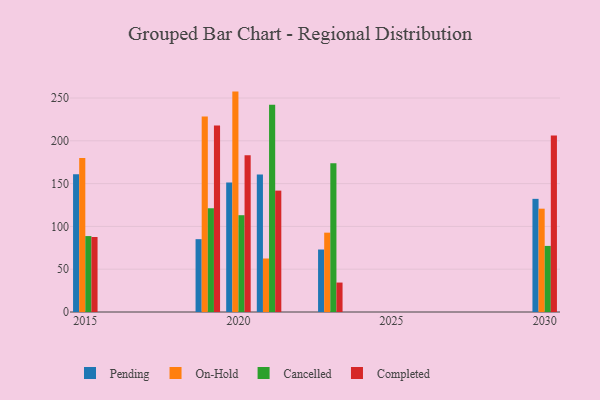
{"axis": {"x": "Year", "y": "Gross Profit (USD K)"}, "legend": ["Cancelled", "Completed", "On-Hold", "Pending"], "data": [{"x": "2019", "y": 85.1, "type": "Pending"}, {"x": "2019", "y": 228.5, "type": "On-Hold"}, {"x": "2019", "y": 121.2, "type": "Cancelled"}, {"x": "2019", "y": 217.9, "type": "Completed"}, {"x": "2023", "y": 73.0, "type": "Pending"}, {"x": "2023", "y": 92.7, "type": "On-Hold"}, {"x": "2023", "y": 173.8, "type": "Cancelled"}, {"x": "2023", "y": 34.4, "type": "Completed"}, {"x": "2021", "y": 160.5, "type": "Pending"}, {"x": "2021", "y": 62.5, "type": "On-Hold"}, {"x": "2021", "y": 242.1, "type": "Cancelled"}, {"x": "2021", "y": 141.8, "type": "Completed"}, {"x": "2020", "y": 151.2, "type": "Pending"}, {"x": "2020", "y": 257.5, "type": "On-Hold"}, {"x": "2020", "y": 113.1, "type": "Cancelled"}, {"x": "2020", "y": 183.0, "type": "Completed"}, {"x": "2015", "y": 161.0, "type": "Pending"}, {"x": "2015", "y": 179.8, "type": "On-Hold"}, {"x": "2015", "y": 88.7, "type": "Cancelled"}, {"x": "2015", "y": 87.6, "type": "Completed"}, {"x": "2030", "y": 132.2, "type": "Pending"}, {"x": "2030", "y": 120.7, "type": "On-Hold"}, {"x": "2030", "y": 77.2, "type": "Cancelled"}, {"x": "2030", "y": 206.1, "type": "Completed"}]}